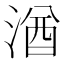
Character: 湭